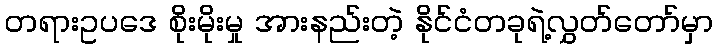
တရားဥပဒေ စိုးမိုးမှု အားနည်းတဲ့ နိုင်ငံတခုရဲ့လွှတ်တော်မှာ